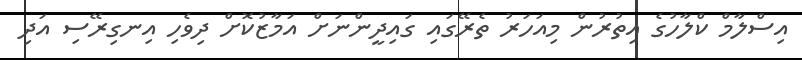
އިސްލާމް ކްލާހުގެ އިތުރުން މިއަހަރު ތެރޭގައި ގައިދީންނަށް އަމާޒުކޮށް ދިވެހި އިނގިރޭސި އަދި